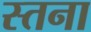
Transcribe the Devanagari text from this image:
स्तना